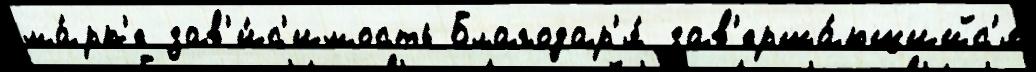
ма́рк'е зав'и́с'имость Благодар'я́ зав'ерша́ющийс'я